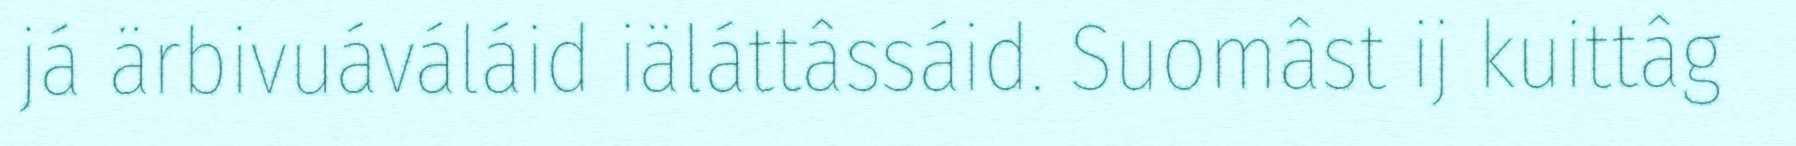
já ärbivuáváláid iäláttâssáid. Suomâst ij kuittâg